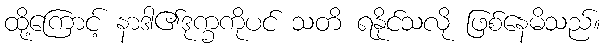
ထို့ကြောင့် နာဒါ၏ဒုက္ခကိုပင် သတိ ရနိုင်သလို ဖြစ်နေမိသည်။